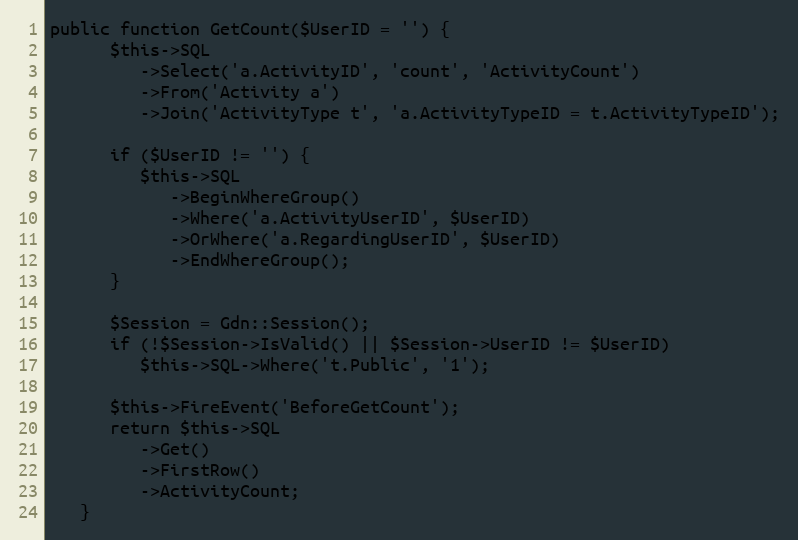
Language: PHP
public function GetCount($UserID = '') {
      $this->SQL
         ->Select('a.ActivityID', 'count', 'ActivityCount')
         ->From('Activity a')
         ->Join('ActivityType t', 'a.ActivityTypeID = t.ActivityTypeID');

      if ($UserID != '') {
         $this->SQL
            ->BeginWhereGroup()
            ->Where('a.ActivityUserID', $UserID)
            ->OrWhere('a.RegardingUserID', $UserID)
            ->EndWhereGroup();
      }

      $Session = Gdn::Session();
      if (!$Session->IsValid() || $Session->UserID != $UserID)
         $this->SQL->Where('t.Public', '1');

      $this->FireEvent('BeforeGetCount');
      return $this->SQL
         ->Get()
         ->FirstRow()
         ->ActivityCount;
   }